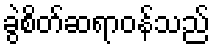
ခွဲစိတ်ဆရာဝန်သည်